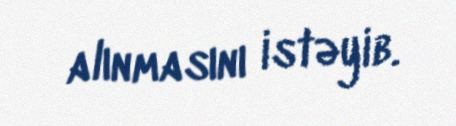
alınmasını istəyib.